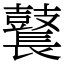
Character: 鼚